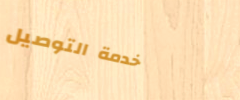
خدمة التوصيل